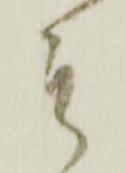
そ